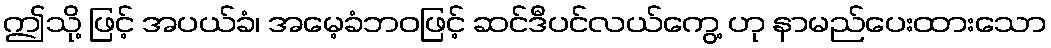
ဤသို့ ဖြင့် အပယ်ခံ၊ အမေ့ခံဘဝဖြင့် ဆင်ဒီပင်လယ်ကွေ့ ဟု နာမည်ပေးထားသော